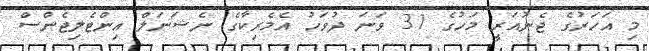
މި އަހަރުގެ ޖެނުއަރީ މަހުގެ 31 ވަނަ ދުވަހު އެމެރިކާގެ ނެޝަނަލް އިންޓެލިޖެންސް